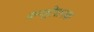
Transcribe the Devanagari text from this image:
कंप्यूटेशनक